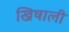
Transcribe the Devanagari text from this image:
खिषाली